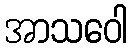
အာသဝေါ